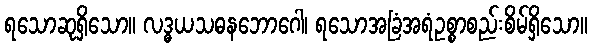
ရသောဆုရှိသော။ လဒ္ဓယသဓနဘောဂေါ၊ ရသောအခြံအရံဥစ္စာစည်းစိမ်ရှိသော။